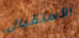
الأستقبال